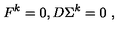
F ^ { k } = 0 , D \Sigma ^ { k } = 0 \ ,